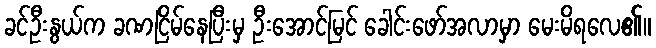
ခင်ဦးနွယ်က ခဏငြိမ်နေပြီးမှ ဦးအောင်မြင် ခေါင်းဖော်အလာမှာ မေးမိရလေ၏။